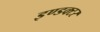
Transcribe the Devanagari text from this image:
इण्डक्टर